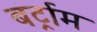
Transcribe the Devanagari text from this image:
बर्ट्राम